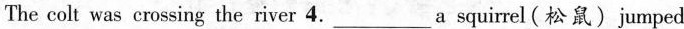
The colt was crossing the river 4.___a squirrel(松鼠)jumped